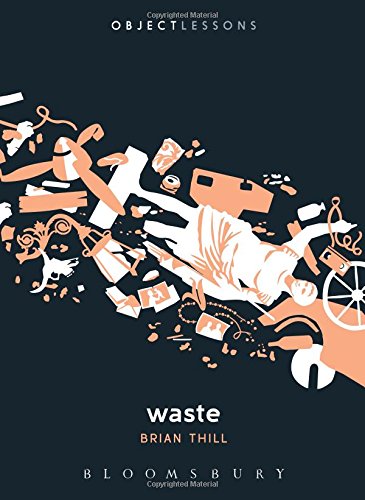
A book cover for Waste (Object Lessons); Brian Thill; Politics & Social Sciences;